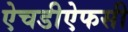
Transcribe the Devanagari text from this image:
ऐचडीऐफसी